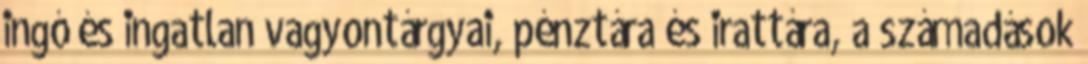
ingó és ingatlan vagyontárgyai, pénztára és irattára, a számadások